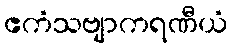
ဧကံသဗျာကရဏီယံ